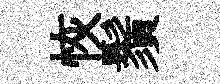
恢鬚